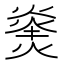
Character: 𪹝